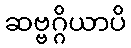
ဆဗ္ဗဂ္ဂိယာပိ